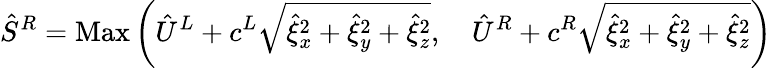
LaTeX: \hat{S}^{R}=\operatorname{Max}\left(\hat{U}^{L}+c^{L}\sqrt{\hat{\xi}_{x}^{2}+\hat{\xi}_{y}^{2}+\hat{\xi}_{z}^{2}},\quad\hat{U}^{R}+c^{R}\sqrt{\hat{\xi}_{x}^{2}+\hat{\xi}_{y}^{2}+\hat{\xi}_{z}^{2}}\right)